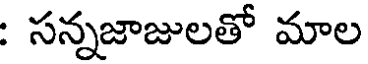
: సన్నజాజులతో మాల